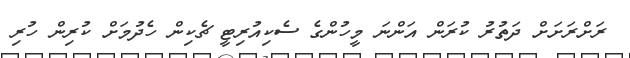
ރަށްރަށަށް ދަތުރު ކުރަން އަންނަ މީހުންގެ ސެކިއުރިޓީ ޗެކިން ހެދުމަށް ކުރިން ހުރި